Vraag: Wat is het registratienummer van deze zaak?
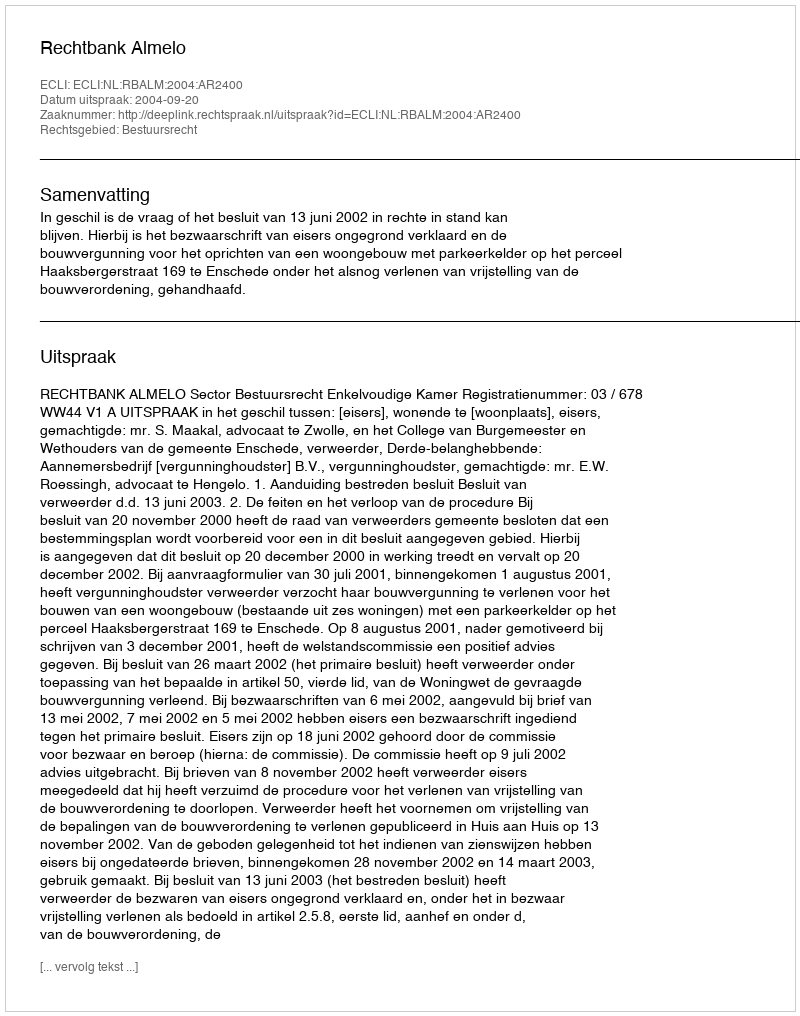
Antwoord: http://deeplink.rechtspraak.nl/uitspraak?id=ECLI:NL:RBALM:2004:AR2400